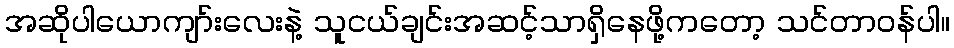
အဆိုပါယောကျာ်းလေးနဲ့ သူငယ်ချင်းအဆင့်သာရှိနေဖို့ကတော့ သင်တာဝန်ပါ။